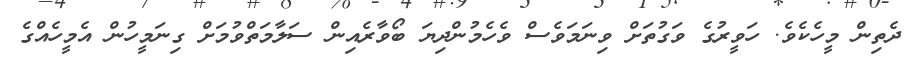
ދެތިން މީހެކެވެ. ހަވީރުގެ ވަގުތަށް ވިނަމަވެސް ވެހެމުންދިޔަ ބޯވާރެއިން ސަލާމަތްވުމަށް ގިނަމީހުން އެމީހެއްގެ